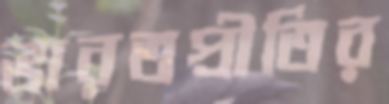
ভারতপ্রীতির